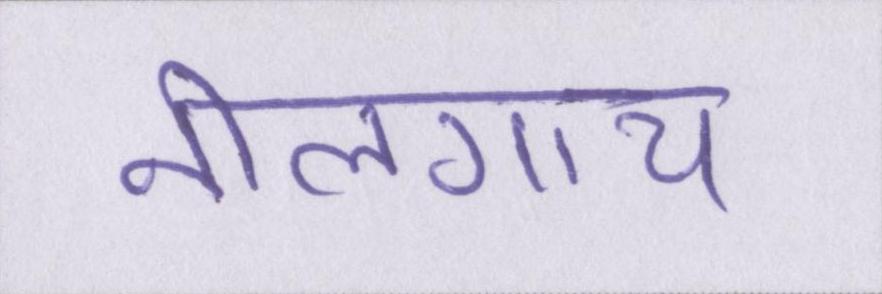
नीलगाय